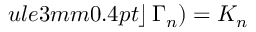
ule { 3 mm } { 0.4 pt } \! \! \left. \right\rfloor \Gamma _ { n } ) = K _ { n }